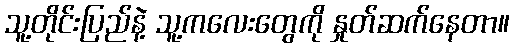
သူ့တိုင်းပြည်နဲ့ သူ့ကလေးတွေကို နှုတ်ဆက်နေတာ။